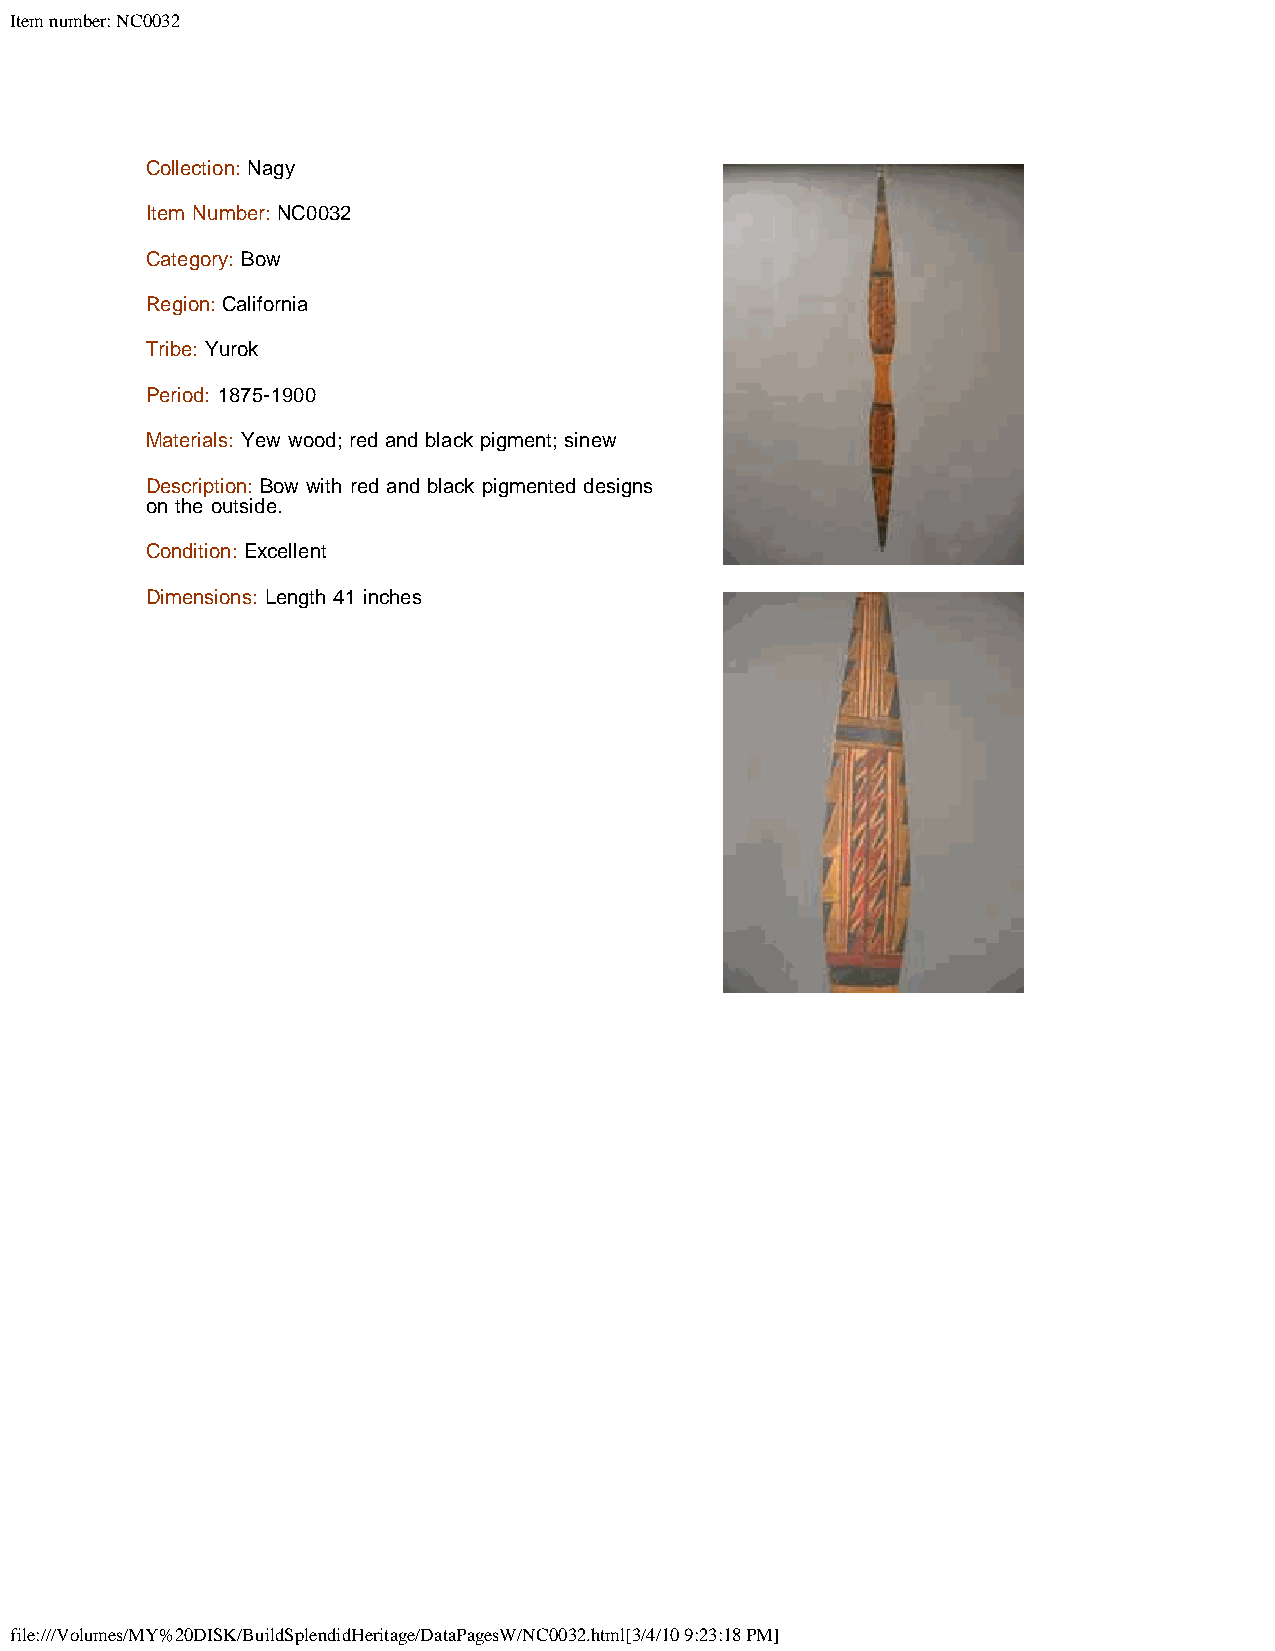
Item number: NC0032
 Collection: Nagy
 Item Number: NC0032
 Category: Bow
 Region: California
 Tribe: Yurok
 Period: 1875-1900
 Materials: Yew wood; red and black pigment; sinew
 Description: Bow with red and black pigmented designs
 on the outside.
 Condition: Excellent
 Dimensions: Length 41 inches
 file:///Volumes/MY%20DISK/BuildSplendidHeritage/DataPagesW/NC0032.html[3/4/10 9:23:18 PM]